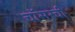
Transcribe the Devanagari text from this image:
चॉसरची